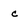
Character: c